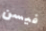
فيسن